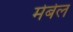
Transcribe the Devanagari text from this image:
मेबेल